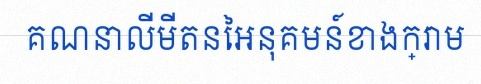
គណនាលីមីតនៃអនុគមន៍ខាងក្រោម